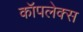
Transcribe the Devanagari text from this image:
कॉपलेक्स